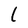
Character: l